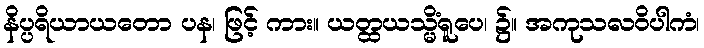
နိပ္ပရိယာယတော ပန၊ ဖြင့် ကား။ ယတ္ထယသ္မိံရူပေ၊ ၌။ အကုသလဝိပါကံ၊